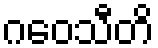
ဂဝေသီတိ